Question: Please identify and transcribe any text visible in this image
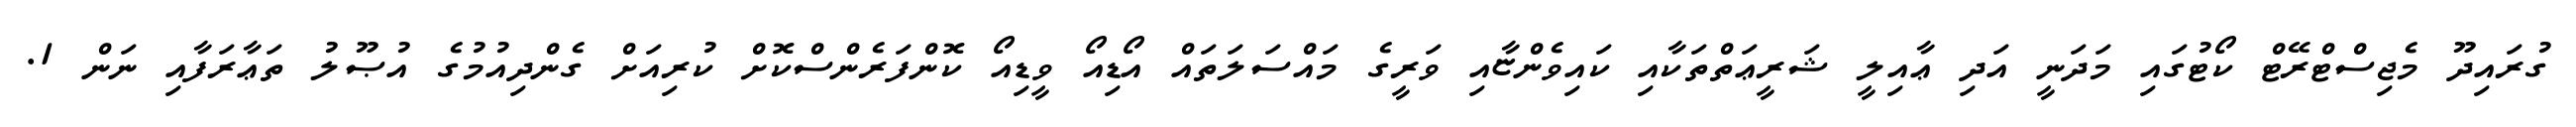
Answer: ގުރައިދޫ މެޖިސްޓްރޭޓް ކޯޓުގައި މަދަނީ އަދި ޢާއިލީ ޝަރީޢަތްތަކާއި ކައިވެންޏާއި ވަރީގެ މައްސަލަތައް އޯޑިއޯ ވީޑިއޯ ކޮންފަރެންސްކޮށް ކުރިއަށް ގެންދިއުމުގެ އުޞޫލު ތަޢާރަފާއި ނަން 1.